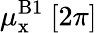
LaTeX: \mu_{\mathrm{x}}^{{\mathrm B}1}~[2\pi]